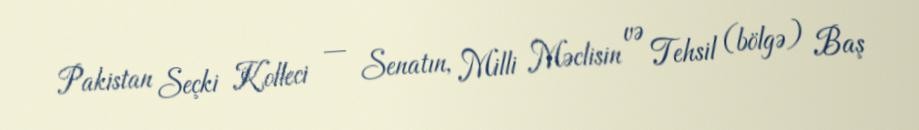
Pakistan Seçki Kolleci — Senatın, Milli Məclisin və Tehsil (bölgə) Baş